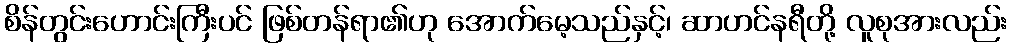
စိန်တွင်းဟောင်းကြီးပင် ဖြစ်တန်ရာ၏ဟု အောက်မေ့သည်နှင့်၊ ဆာဟင်နရီတို့ လူစုအားလည်း